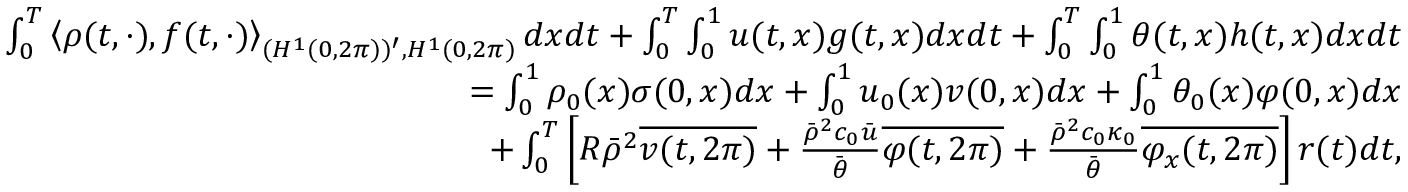
\begin{array} { r } { \int _ { 0 } ^ { T } \left\langle \rho ( t , \cdot ) , f ( t , \cdot ) \right\rangle _ { ( H ^ { 1 } ( 0 , 2 \pi ) ) ^ { \prime } , H ^ { 1 } ( 0 , 2 \pi ) } d x d t + \int _ { 0 } ^ { T } \int _ { 0 } ^ { 1 } u ( t , x ) g ( t , x ) d x d t + \int _ { 0 } ^ { T } \int _ { 0 } ^ { 1 } \theta ( t , x ) h ( t , x ) d x d t } \\ { = \int _ { 0 } ^ { 1 } \rho _ { 0 } ( x ) \sigma ( 0 , x ) d x + \int _ { 0 } ^ { 1 } u _ { 0 } ( x ) v ( 0 , x ) d x + \int _ { 0 } ^ { 1 } \theta _ { 0 } ( x ) \varphi ( 0 , x ) d x } \\ { + \int _ { 0 } ^ { T } \left[ R \bar { \rho } ^ { 2 } \overline { { v ( t , 2 \pi ) } } + \frac { \bar { \rho } ^ { 2 } c _ { 0 } \bar { u } } { \bar { \theta } } \overline { { \varphi ( t , 2 \pi ) } } + \frac { \bar { \rho } ^ { 2 } c _ { 0 } \kappa _ { 0 } } { \bar { \theta } } \overline { { \varphi _ { x } ( t , 2 \pi ) } } \right] r ( t ) d t , } \end{array}